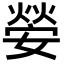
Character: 𡠺